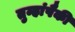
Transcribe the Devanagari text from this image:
तुम्हांपैकी